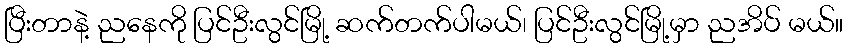
ပြီးတာနဲ့ ညနေကို ပြင်ဦးလွင်မြို့ ဆက်တက်ပါမယ်၊ ပြင်ဦးလွင်မြို့မှာ ညအိပ် မယ်။